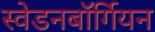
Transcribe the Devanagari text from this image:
स्वेडनबॉर्गियन